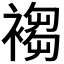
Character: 𧛸